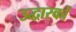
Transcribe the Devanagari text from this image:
उद्धारकों